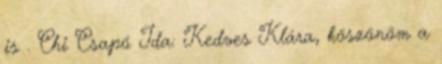
is . Chi Csapó Ida: Kedves Klára, köszönöm a